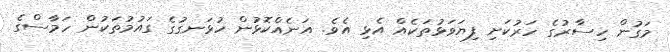
މަގުން ހިސާރުގެ ހަރުކަށި ފިޔަވަޅުތަކެއް އެޅި އެވެ. އަނެއްކޮޅުން ހުޅަނގުގެ ގައުމުތަކުން ހަމާސްގެ